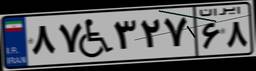
۳۵W۸۰۷۲۵